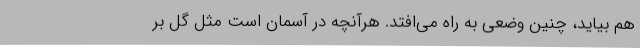
هم بیاید، چنین وضعی به راه می‌افتد. هرآنچه در آسمان است مثل گل بر